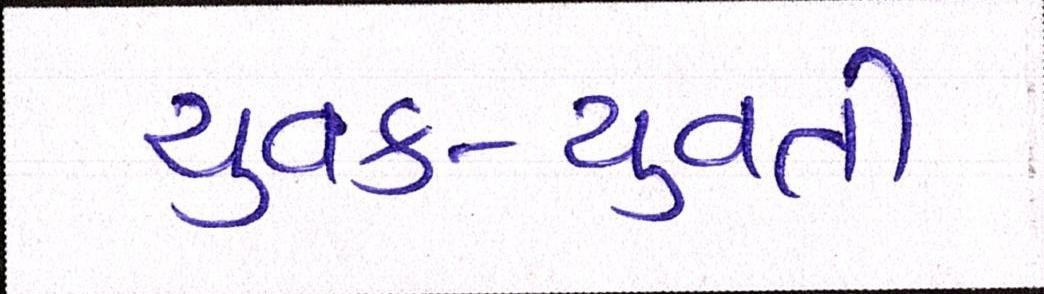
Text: યુવક-યુવતી